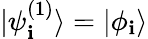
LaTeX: {|\psi_{\mathbf{i}}^{(1)}\rangle=|\phi_{\mathbf{i}}\rangle}